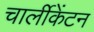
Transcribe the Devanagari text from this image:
चार्लीकेंटन